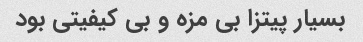
بسیار پیتزا بی مزه و بی کیفیتی بود